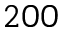
2 0 0